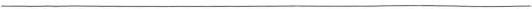
___